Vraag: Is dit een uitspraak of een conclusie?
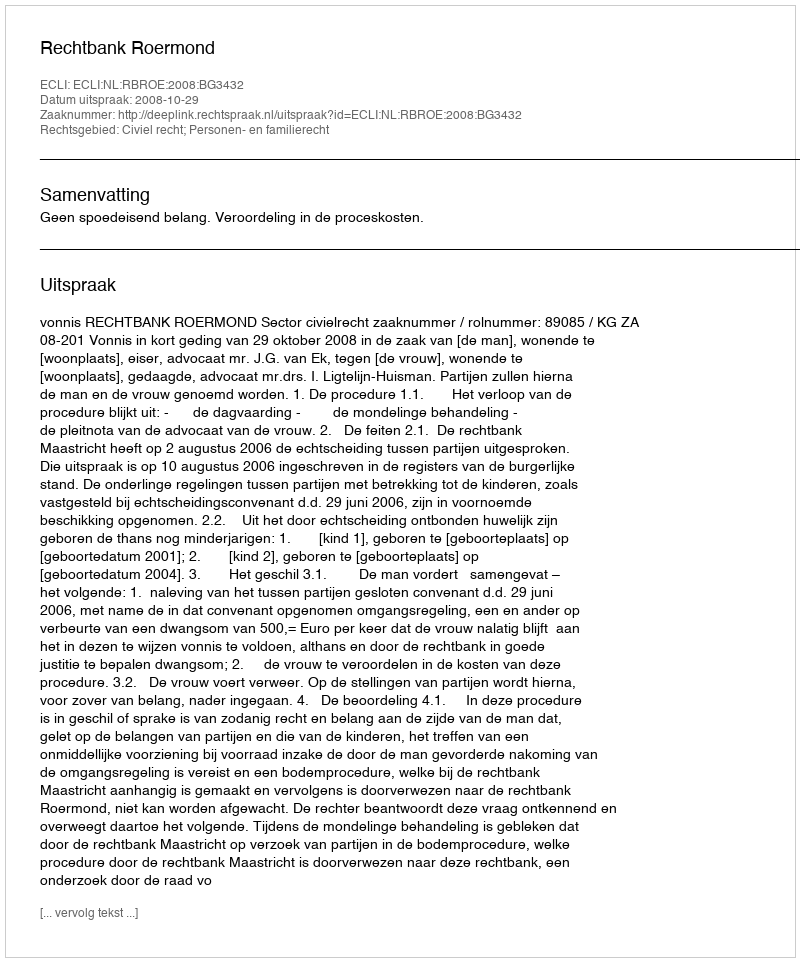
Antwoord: Uitspraak